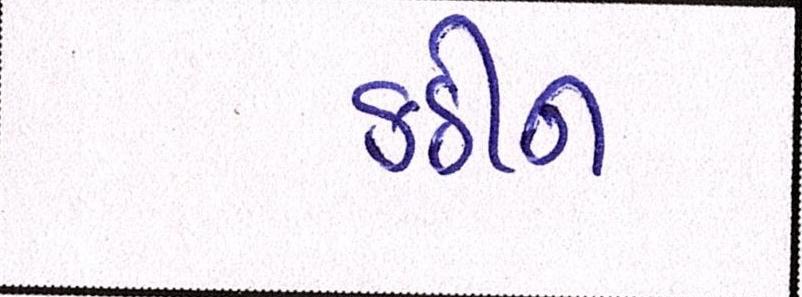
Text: કઠીન